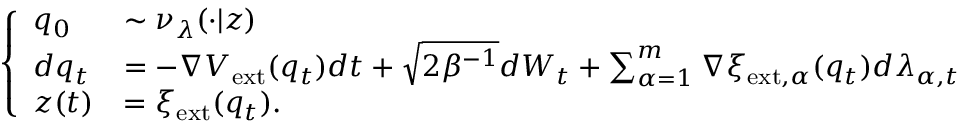
\left\{ \begin{array} { l l } { q _ { 0 } } & { \sim \nu _ { \lambda } ( \cdot | z ) } \\ { d q _ { t } } & { = - \nabla V _ { \mathrm { e x t } } ( q _ { t } ) d t + \sqrt { 2 \beta ^ { - 1 } } d W _ { t } + \sum _ { \alpha = 1 } ^ { m } \nabla \xi _ { \mathrm { e x t } , \alpha } ( q _ { t } ) d \lambda _ { \alpha , t } } \\ { z ( t ) } & { = \xi _ { \mathrm { e x t } } ( q _ { t } ) . } \end{array} \right.